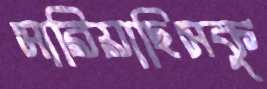
সারিয়াছিসকু